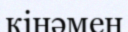
кінәмен